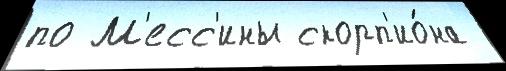
по М'есс'ины скорп'ио́на